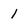
Character: 1